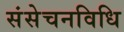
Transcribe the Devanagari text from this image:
संसेचनविधि